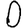
Digit: 0